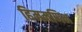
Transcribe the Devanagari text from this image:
हिममणिभ